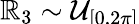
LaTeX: \mathbb{R}_{3}\sim\smash{\mathcal{{U}}_{[0,2\pi]}}